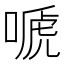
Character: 嗁